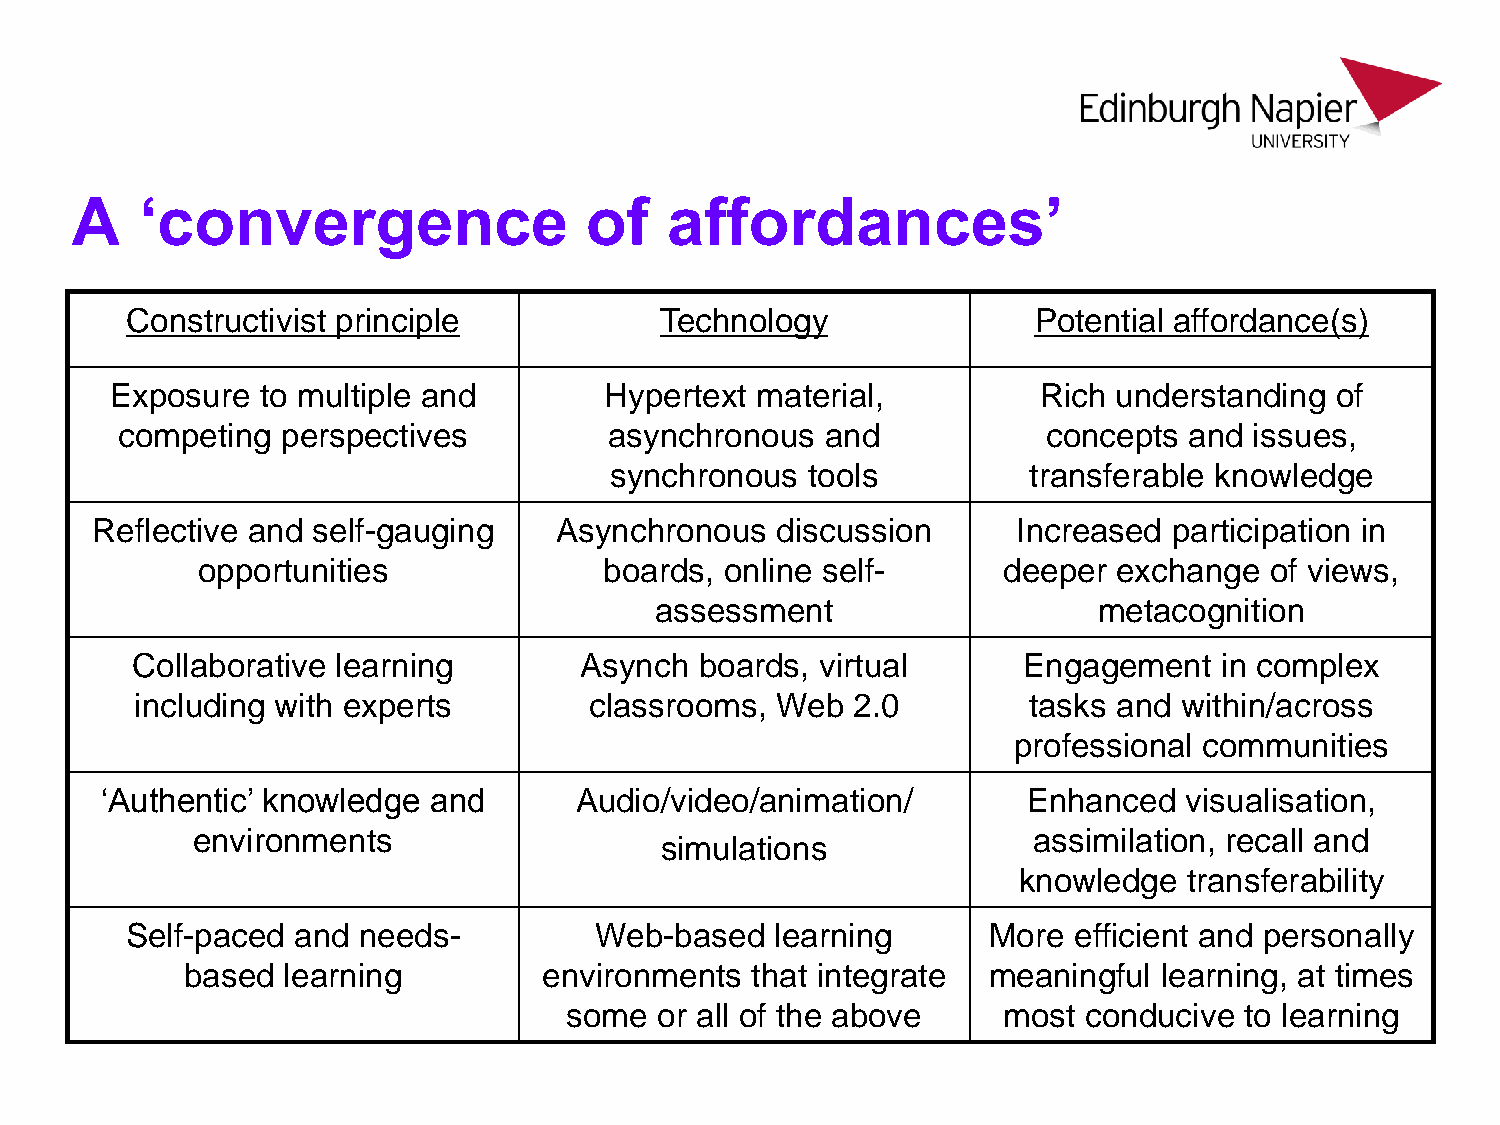
A   ‘convergence                  of   affordances’
 Constructivist principle            Technology              Potential affordance(s)
 Exposure  to multiple and        Hypertext material,          Rich understanding of
 competing  perspectives         asynchronous   and           concepts  and issues,
 synchronous   tools         transferable knowledge
 Reflective and self-gauging    Asynchronous  discussion      Increased  participation in
 opportunities              boards, online self-      deeper  exchange  of views,
 assessment                    metacognition
 Collaborative learning       Asynch  boards, virtual       Engagement   in complex
 including with experts        classrooms, Web  2.0         tasks and within/across
 professional communities
 ‘Authentic’ knowledge and      Audio/video/animation/        Enhanced  visualisation,
 environments                                           assimilation, recall and
 simulations
 knowledge   transferability
 Self-paced and  needs-         Web-based   learning      More  efficient and personally
 based  learning         environments  that integrate meaningful  learning, at times
 some   or all of the above   most  conducive to learning